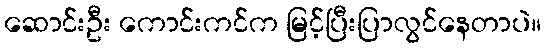
ဆောင်းဦး ကောင်းကင်က မြင့်ပြီးပြာလွင်နေတာပဲ။